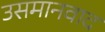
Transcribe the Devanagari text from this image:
उसमानवाद